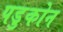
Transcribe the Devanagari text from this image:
पडुकोन